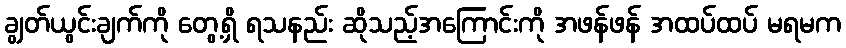
ချွတ်ယွင်းချက်ကို တွေ့ရှိ ရသနည်း ဆိုသည့်အကြောင်းကို အဖန်ဖန် အထပ်ထပ် မရမက